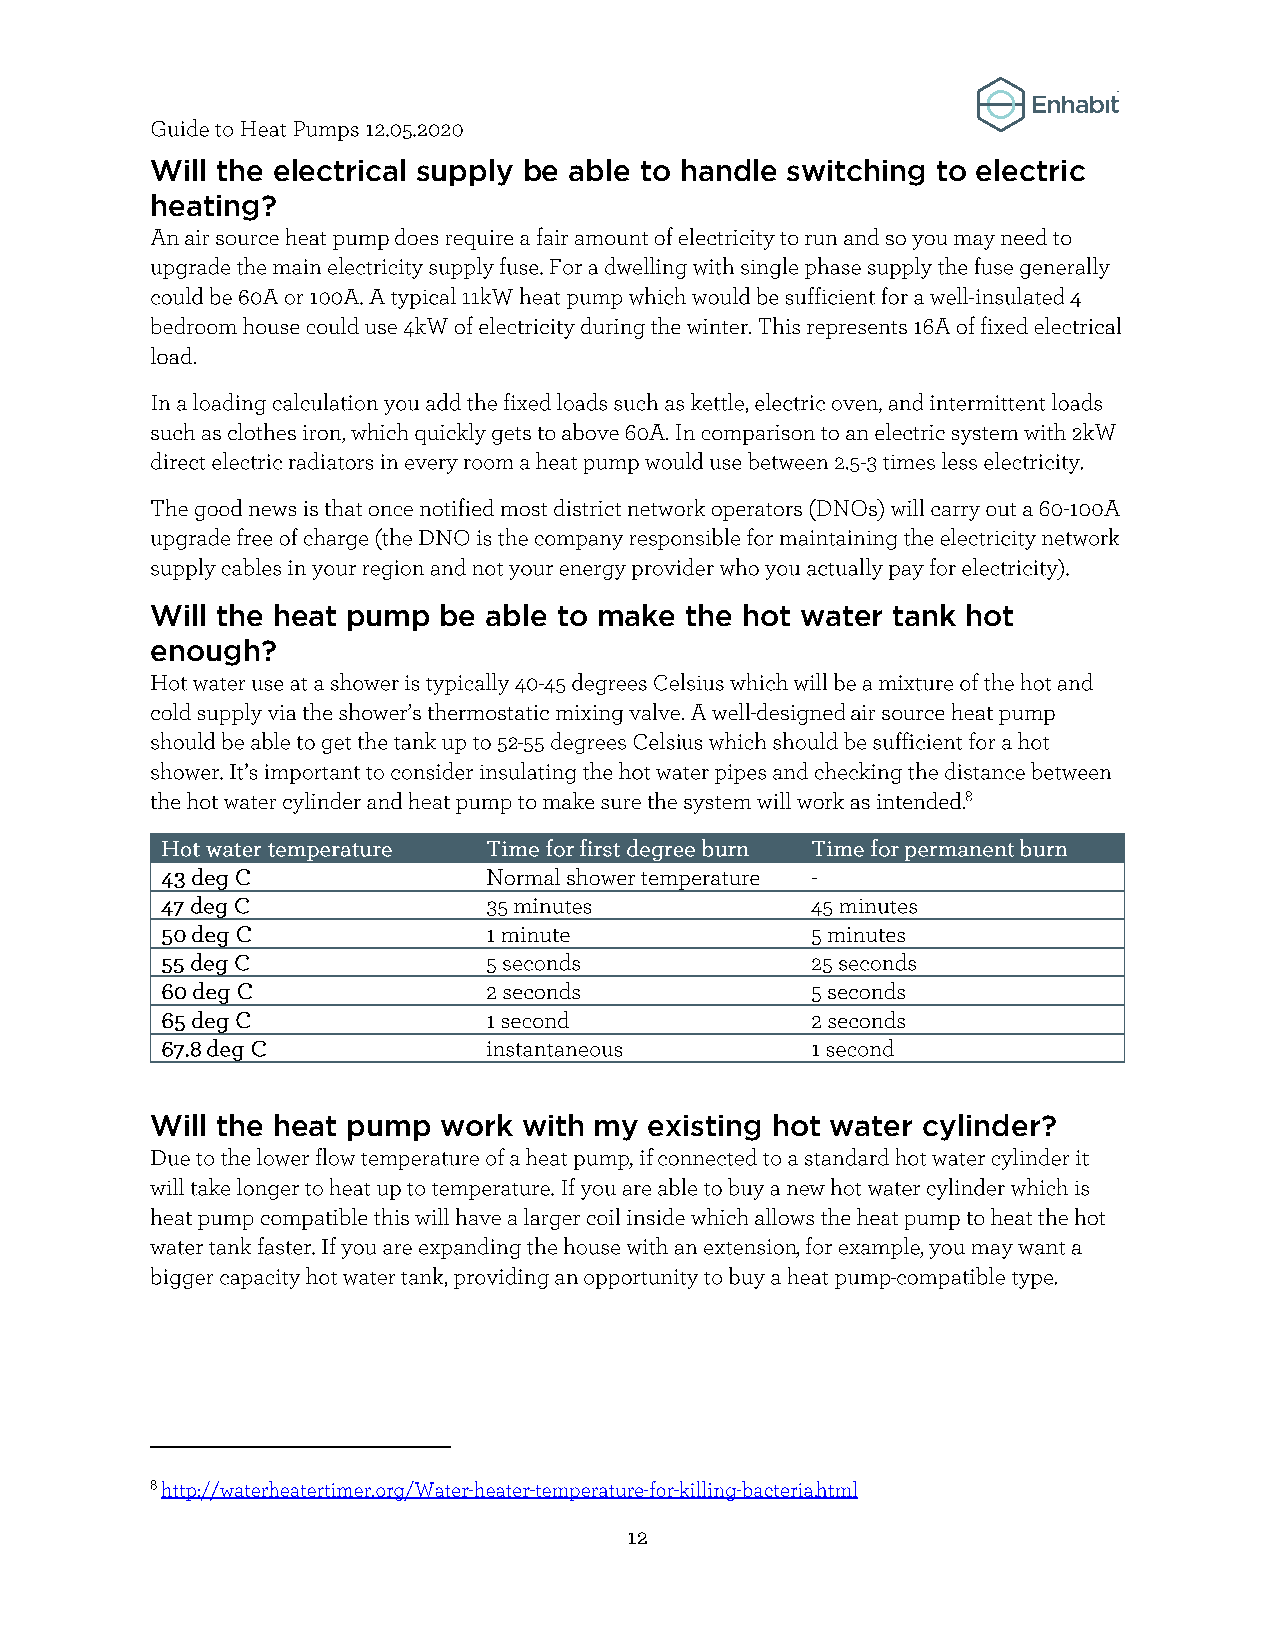
Will the electrical supply be able to handle switching to electric
 heating?
 Will the heat pump be able to make the hot water tank hot
 enough?
 Will the heat pump work  with my existing hot water cylinder?